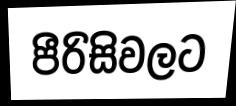
පීරිසිවලට